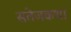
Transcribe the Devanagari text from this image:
सतेजकथा